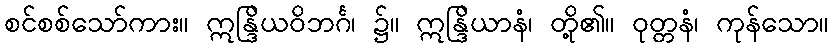
စင်စစ်သော်ကား။ ဣန္ဒြိယဝိဘင်္ဂ၊ ၌။ ဣန္ဒြိယာနံ၊ တို့၏။ ဝုတ္တနံ၊ ကုန်သော။